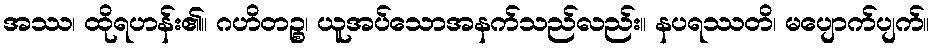
အဿ၊ ထိုရဟန်း၏။ ဂဟိတဉ္စ၊ ယူအပ်သောအနက်သည်လည်း။ နပရဿတိ၊ မပျောက်ပျက်။